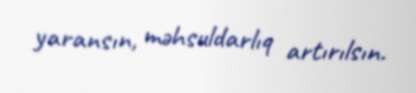
yaransın, məhsuldarlıq artırılsın.